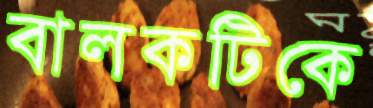
বালকটিকে